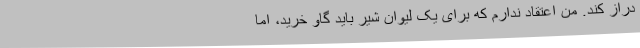
دراز کند. من اعتقاد ندارم که برای یک لیوان شیر باید گاو خرید، اما